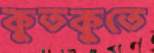
কুতকুতে